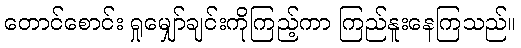
တောင်စောင်း ရှုမျှော်ချင်းကိုကြည့်ကာ ကြည်နူးနေကြသည်။